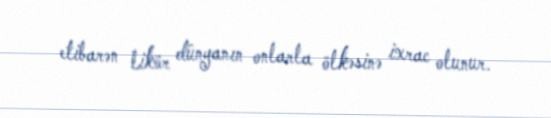
etibarən likör dünyanın onlarla ölkəsinə ixrac olunur.